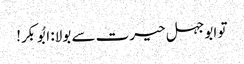
تو ابوجہل حیرت سے بولا: ابُوبکر!